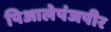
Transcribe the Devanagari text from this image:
पिआलेपंजपीर